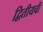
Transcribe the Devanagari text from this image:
द्वितीयची